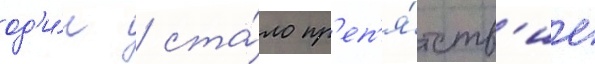
од'и́н / ста́ло пр'еп'я́тств'ие